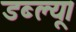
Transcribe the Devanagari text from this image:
डब्ल्यू।